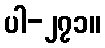
ပါ-၂၇၁။